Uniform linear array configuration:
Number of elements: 48
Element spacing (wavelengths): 0.25
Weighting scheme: binomial
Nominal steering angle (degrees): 15
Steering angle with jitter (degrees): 14.829
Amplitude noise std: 0.05
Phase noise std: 0.05

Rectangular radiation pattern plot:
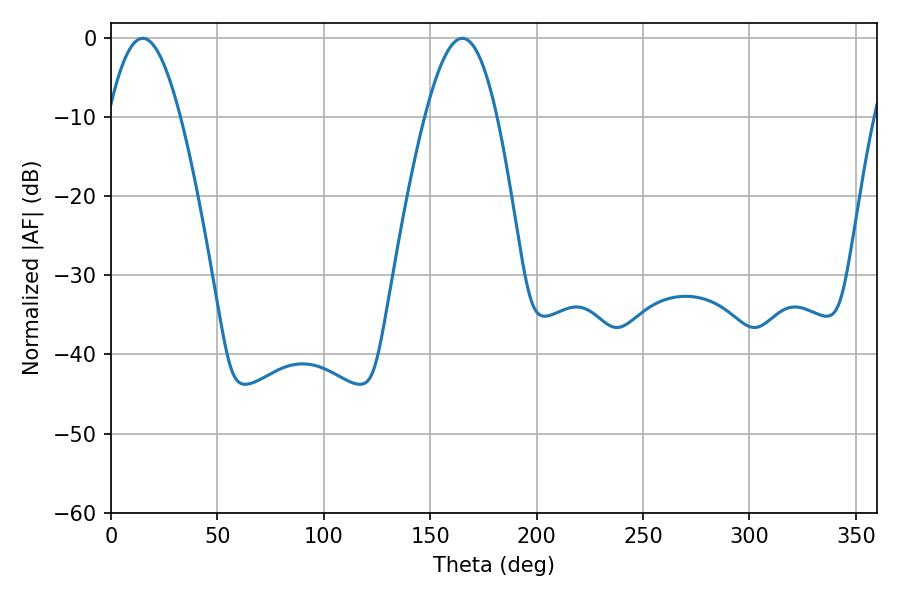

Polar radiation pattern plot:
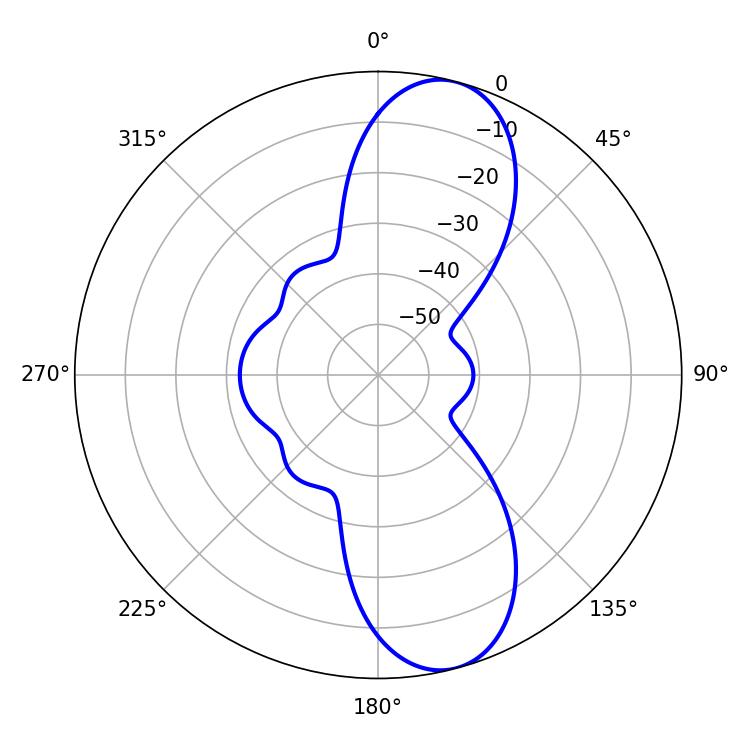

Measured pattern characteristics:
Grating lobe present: FALSE
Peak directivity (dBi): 10.433
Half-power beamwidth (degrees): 18.36
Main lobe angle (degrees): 14.94